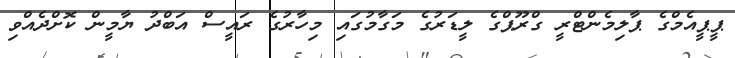
ޕީޕީއެމްގެ ޕާލިމެންޓްރީ ގްރޫޕްގެ ލީޑަރުގެ މަގާމުގައި މިހާރުގެ ރައީސް އަބްދު ޔާމީން ކޮށްދެއްވި